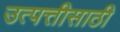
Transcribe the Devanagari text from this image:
उत्पत्तीसाठी